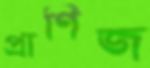
প্রাণিজ